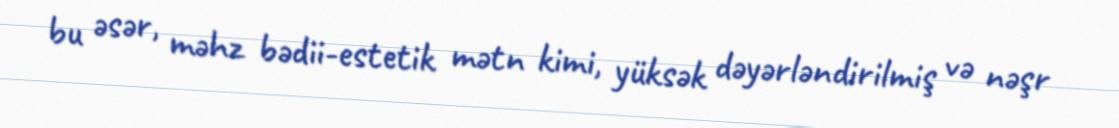
bu əsər, məhz bədii-estetik mətn kimi, yüksək dəyərləndirilmiş və nəşr